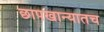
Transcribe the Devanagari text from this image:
छापखान्यातच